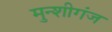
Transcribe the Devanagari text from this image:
मुन्शीगंज